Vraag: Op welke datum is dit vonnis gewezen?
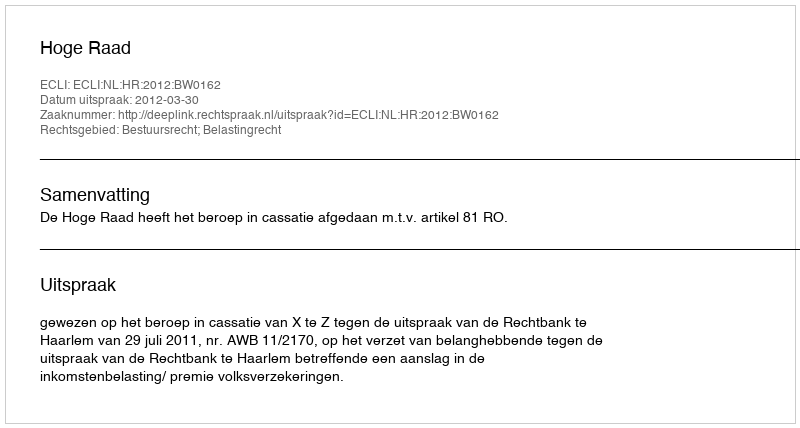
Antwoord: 2012-03-30